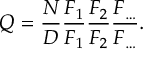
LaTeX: Q = { \frac { N } { D } } { \frac { F _ { 1 } } { F _ { 1 } } } { \frac { F _ { 2 } } { F _ { 2 } } } { \frac { F _ { \ldots } } { F _ { \ldots } } } .